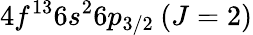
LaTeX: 4f^{13}6s^{2}6p_{3/2}\: (J=2)